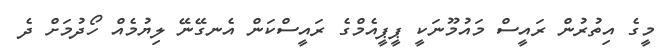
މީގެ އިތުރުން ރައީސް މައުމޫނަކީ ޕީޕީއެމްގެ ރައީސްކަން އެނގޭނޭ ލިޔުމެއް ހޯދުމަށް ދެ